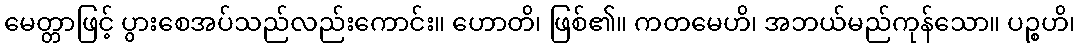
မေတ္တာဖြင့် ပွားစေအပ်သည်လည်းကောင်း။ ဟောတိ၊ ဖြစ်၏။ ကတမေဟိ၊ အဘယ်မည်ကုန်သော။ ပဉ္စဟိ၊